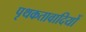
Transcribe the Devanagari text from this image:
पृथकतावादियों